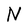
Character: N